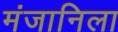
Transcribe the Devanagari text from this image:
मंजानिला